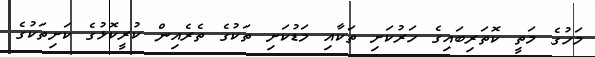
މަހުގެ މަތީ ކޮތަރިބައިގެ ހަރުކަށި ތަކާއި މަޑުކަށި ތަކުގެ ތެރެއިން ކުރީކޮޅުގެ ކަށިތަކުގެ